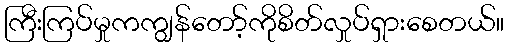
ကြီးကြပ်မှုကကျွန်တော့်ကိုစိတ်လှုပ်ရှားစေတယ်။